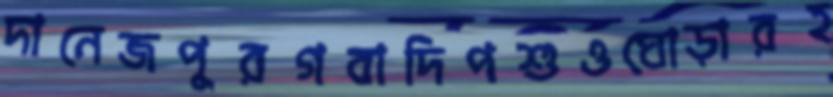
দানেজপুরগবাদিপশুওঘোড়ারহ